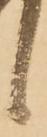
候